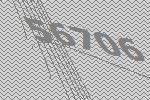
56706